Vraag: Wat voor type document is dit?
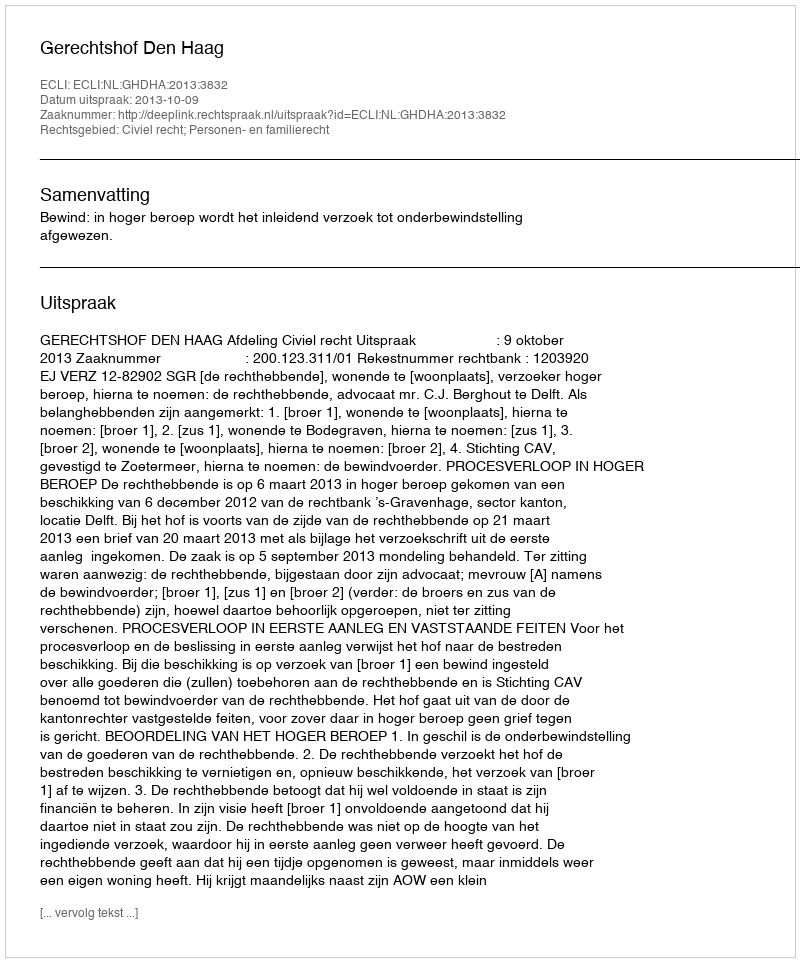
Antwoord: Uitspraak